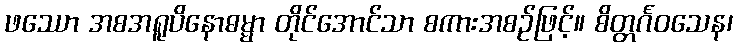
ဖဿော အစအရူပိနောဓမ္မာ တိုင်အောင်သာ စကားအစဉ်ဖြင့်။ စိတ္တင်္ဂဝသေန၊